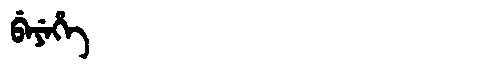
Manchu: ᠪᡝᠶᡝᡥᡝ
Romanization: BEYEHE